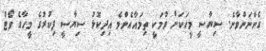
ގެންނަންވާނެ. ސިޔާސީ މީހަކަށް ވުމަކީ ތިމައާއެންމެ އިދިކޮޅު ސިޔާސީ ފިކުރުގެ މީހާގެ ވޯޓް